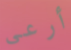
أرعى